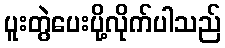
ပူးတွဲပေးပို့လိုက်ပါသည်